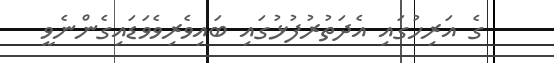
ގެ އަރިހުގައި އެދަތުރުފުޅުގައި ބައިވެރިވެވަޑައިގެންނެވީ